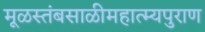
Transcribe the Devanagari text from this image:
मूळस्तंबसाळीमहात्म्यपुराण